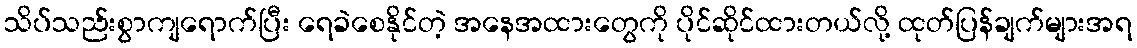
သိပ်သည်းစွာကျရောက်ပြီး ရေခဲစေနိုင်တဲ့ အနေအထားတွေကို ပိုင်ဆိုင်ထားတယ်လို့ ထုတ်ပြန်ချက်များအရ